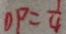
O P = \frac { 1 } { 4 }